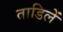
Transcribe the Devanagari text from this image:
ताडिलें